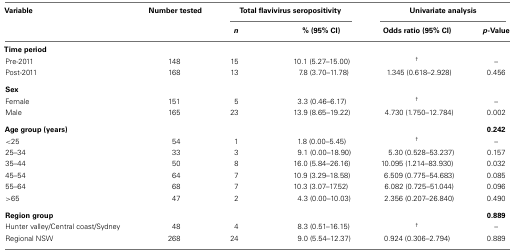
| Variable | Number tested | <COLSPAN=2> Total flavivirus seropositivity | <COLSPAN=2> Univariate analysis |
 |  |  | n | % (95% CI) | Odds ratio (95% CI) | p-Value |
 | --- | --- | --- | --- | --- | --- |
 | Time period |
 | Pre-2011 | 148 | 15 | 10.1 (5.27–15.00) | † | – |
 | Post-2011 | 168 | 13 | 7.8 (3.70–11.78) | 1.345 (0.618–2.928) | 0.456 |
 | Sex |
 | Female | 151 | 5 | 3.3 (0.46–6.17) | † | – |
 | Male | 165 | 23 | 13.9 (8.65–19.22) | 4.730 (1.750–12.784) | 0.002 |
 | Age group (years) |  |  |  |  | 0.242 |
 | <25 | 54 | 1 | 1.8 (0.00–5.45) | † | – |
 | 25–34 | 33 | 3 | 9.1 (0.00–18.90) | 5.30 (0.528–53.237) | 0.157 |
 | 35–44 | 50 | 8 | 16.0 (5.84–26.16) | 10.095 (1.214–83.930) | 0.032 |
 | 45–54 | 64 | 7 | 10.9 (3.29–18.58) | 6.509 (0.775–54.683) | 0.085 |
 | 55–64 | 68 | 7 | 10.3 (3.07–17.52) | 6.082 (0.725–51.044) | 0.096 |
 | >65 | 47 | 2 | 4.3 (0.00–10.03) | 2.356 (0.207–26.840) | 0.490 |
 | Region group |  |  |  |  | 0.889 |
 | Hunter valley/Central coast/Sydney | 48 | 4 | 8.3 (0.51–16.15) | † | – |
 | Regional NSW | 268 | 24 | 9.0 (5.54–12.37) | 0.924 (0.306–2.794) | 0.889 |